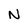
Character: N